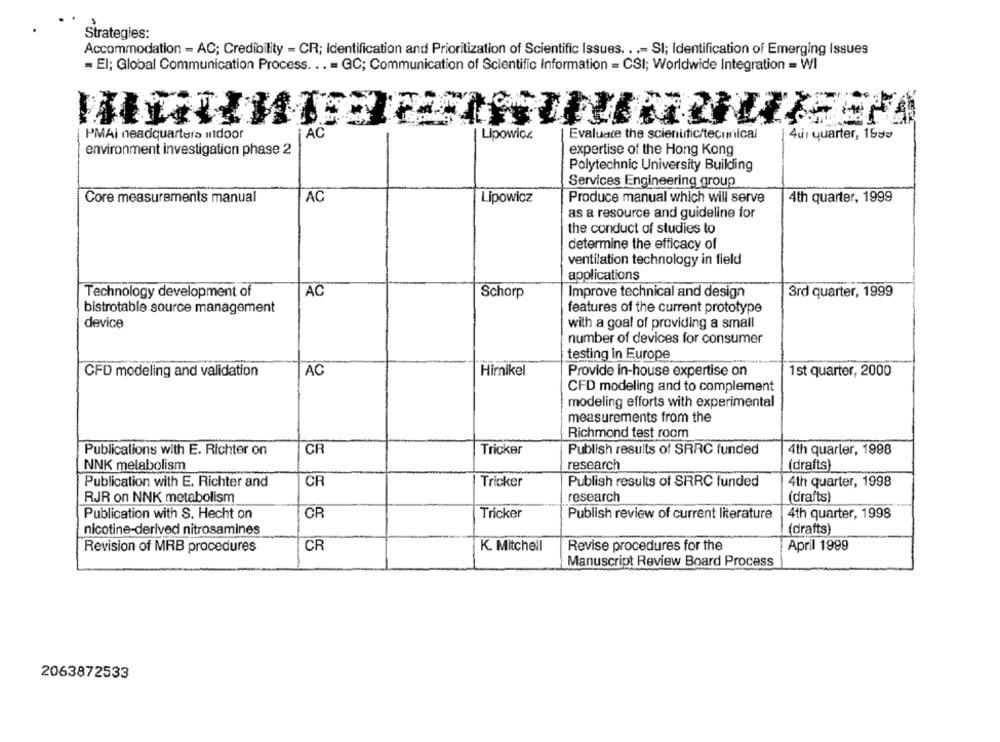
Strategies:
Accommodation - AC; Credibility - CR; Identification and Prioritization of Scientific Issues. . .- SI; Identification of Emerging Issues
= El; Global Communication Process. .. = QC; Communication of Scientific Information = CSI; Worldwide Integration = WI
PMAi neadquarters indoor
¡AC
Lipowicz
| Evaluate the scientific/tecrmical
401 quarter, 1590
environment investigation phase 2
expertise of the Hong Kong
Polytechnic University Building
Services Engineering group
Core measurements manual
AC
Lipowicz
Produce manual which will serve
4th quarter, 1999
as a resource and guideline for
the conduct of studies to
determine the efficacy of
ventilation technology in field
applications
Technology development of
AC
Schorp
Improve technical and design
3rd quarter, 1999
bistrotable source management
features of the current prototype
device
with a goal of providing a small
number of devices for consumer
testing in Europe
AC
Hirnikel
Provide in-house expertise on
CFD modeling and validation
1st quarter, 2000
CFD modeling and to complement
modeling efforts with experimental
measurements from the
Richmond test room
Publications with E. Richter on
CR
Tricker
Publish results of SRRC funded
4th quarter, 1998
NNK metabolism
research
(drafts)
Publication with E. Richter and
CR
Publish results of SRRC funded
4th quarter, 1998
Tricker
research
(drafts)
RJR on NNK metabolism
Publication with S. Hecht on
CR
Tricker
Publish review of current literature
4th quarter, 1998
nicotine-derived nitrosamines
(drafts)
Revision of MRB procedures
CR
K. Mitchell
Revise procedures for the
April 1999
Manuscript Review Board Process
2063872533